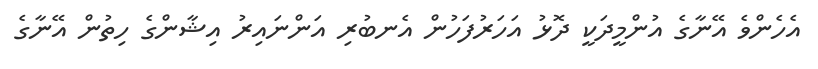
އެހެންވެ އޭނާގެ އުންމީދަކީ ދޮޅު އަހަރުފަހުން އެނބުރި އަންނައިރު އިޝާންގެ ހިތުން އޭނާގެ